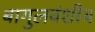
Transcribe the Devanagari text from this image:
बागुलवंशीय